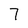
Character: 7